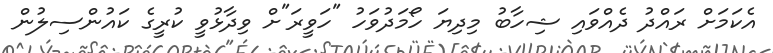
އެކަމަށް ރައްދު ދެއްވައި ޝިހާބު މިދިޔަ ހޯމަދުވަހު "ހަވީރަ"ށް ވިދާޅުވީ ކުރީގެ ކައުންސިލުން